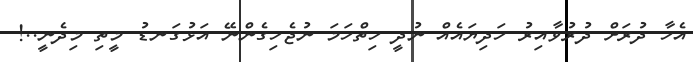
އެހާ ދުރަށް ދުރުވާއިރު ހަދިޔައެއް ނުދީ ހިތްހަމަ ނުޖެހިގެންނޭ އަޅުގަނޑު މީތި މިދެނީ..!